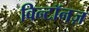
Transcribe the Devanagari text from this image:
विन्टॉनज़